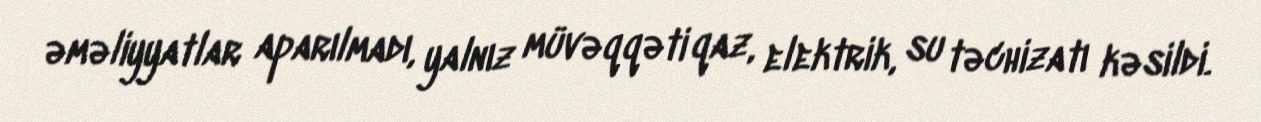
əməliyyatlar aparılmadı, yalnız müvəqqəti qaz, elektrik, su təchizatı kəsildi.